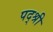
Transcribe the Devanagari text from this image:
पद्श्री